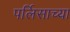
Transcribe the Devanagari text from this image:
पर्लिसाच्या